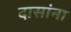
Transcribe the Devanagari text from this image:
दासांना